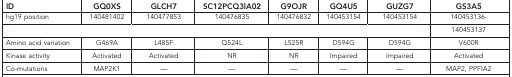
<table><thead><tr><td><b>ID</b></td><td><b>GQ0XS</b></td><td><b>GLCH7</b></td><td><b>SC12PCQ3IA02</b></td><td><b>G9OJR</b></td><td><b>GQ4U5</b></td><td><b>GUZG7</b></td><td><b>GS3A5</b></td></tr></thead><tbody><tr><td>hg19 position</td><td>140481402</td><td>140477853</td><td>140476835</td><td>140476832</td><td>140453154</td><td>140453154</td><td>140453136-</td></tr><tr><td> </td><td> </td><td> </td><td> </td><td> </td><td> </td><td> </td><td>140453137</td></tr><tr><td>Amino acid variation</td><td>G469A</td><td>L485F</td><td>Q524L</td><td>L525R</td><td>D594G</td><td>D594G</td><td>V600R</td></tr><tr><td>Kinase activity</td><td>Activated</td><td>Activated</td><td>NR</td><td>NR</td><td>Impaired</td><td>Impaired</td><td>Activated</td></tr><tr><td>Co-mutations</td><td>MAP2K1</td><td>—</td><td>—</td><td>—</td><td>—</td><td>—</td><td>MAP2, PPFIA2</td></tr></tbody></table>